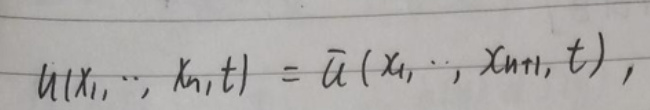
\[
u(x_1, \cdots, x_n, t)=\bar{u}(x_1, \cdots, x_{n + 1}, t),
\]